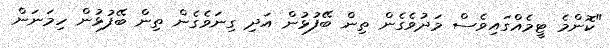
"ކޮންމެ ޓީމެއްގައިވެސް މަދުވެގެން ތިން ބޭފުޅުން އަދި ގިނަވެގެން ތިން ބޭފުޅުން ހިމަނަން